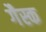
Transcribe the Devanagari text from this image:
गैस्क